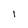
Character: l